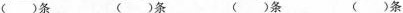
( )条 ( )条 ( )条 ( )条